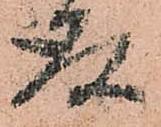
存